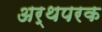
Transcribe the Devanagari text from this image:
अर्थपरक